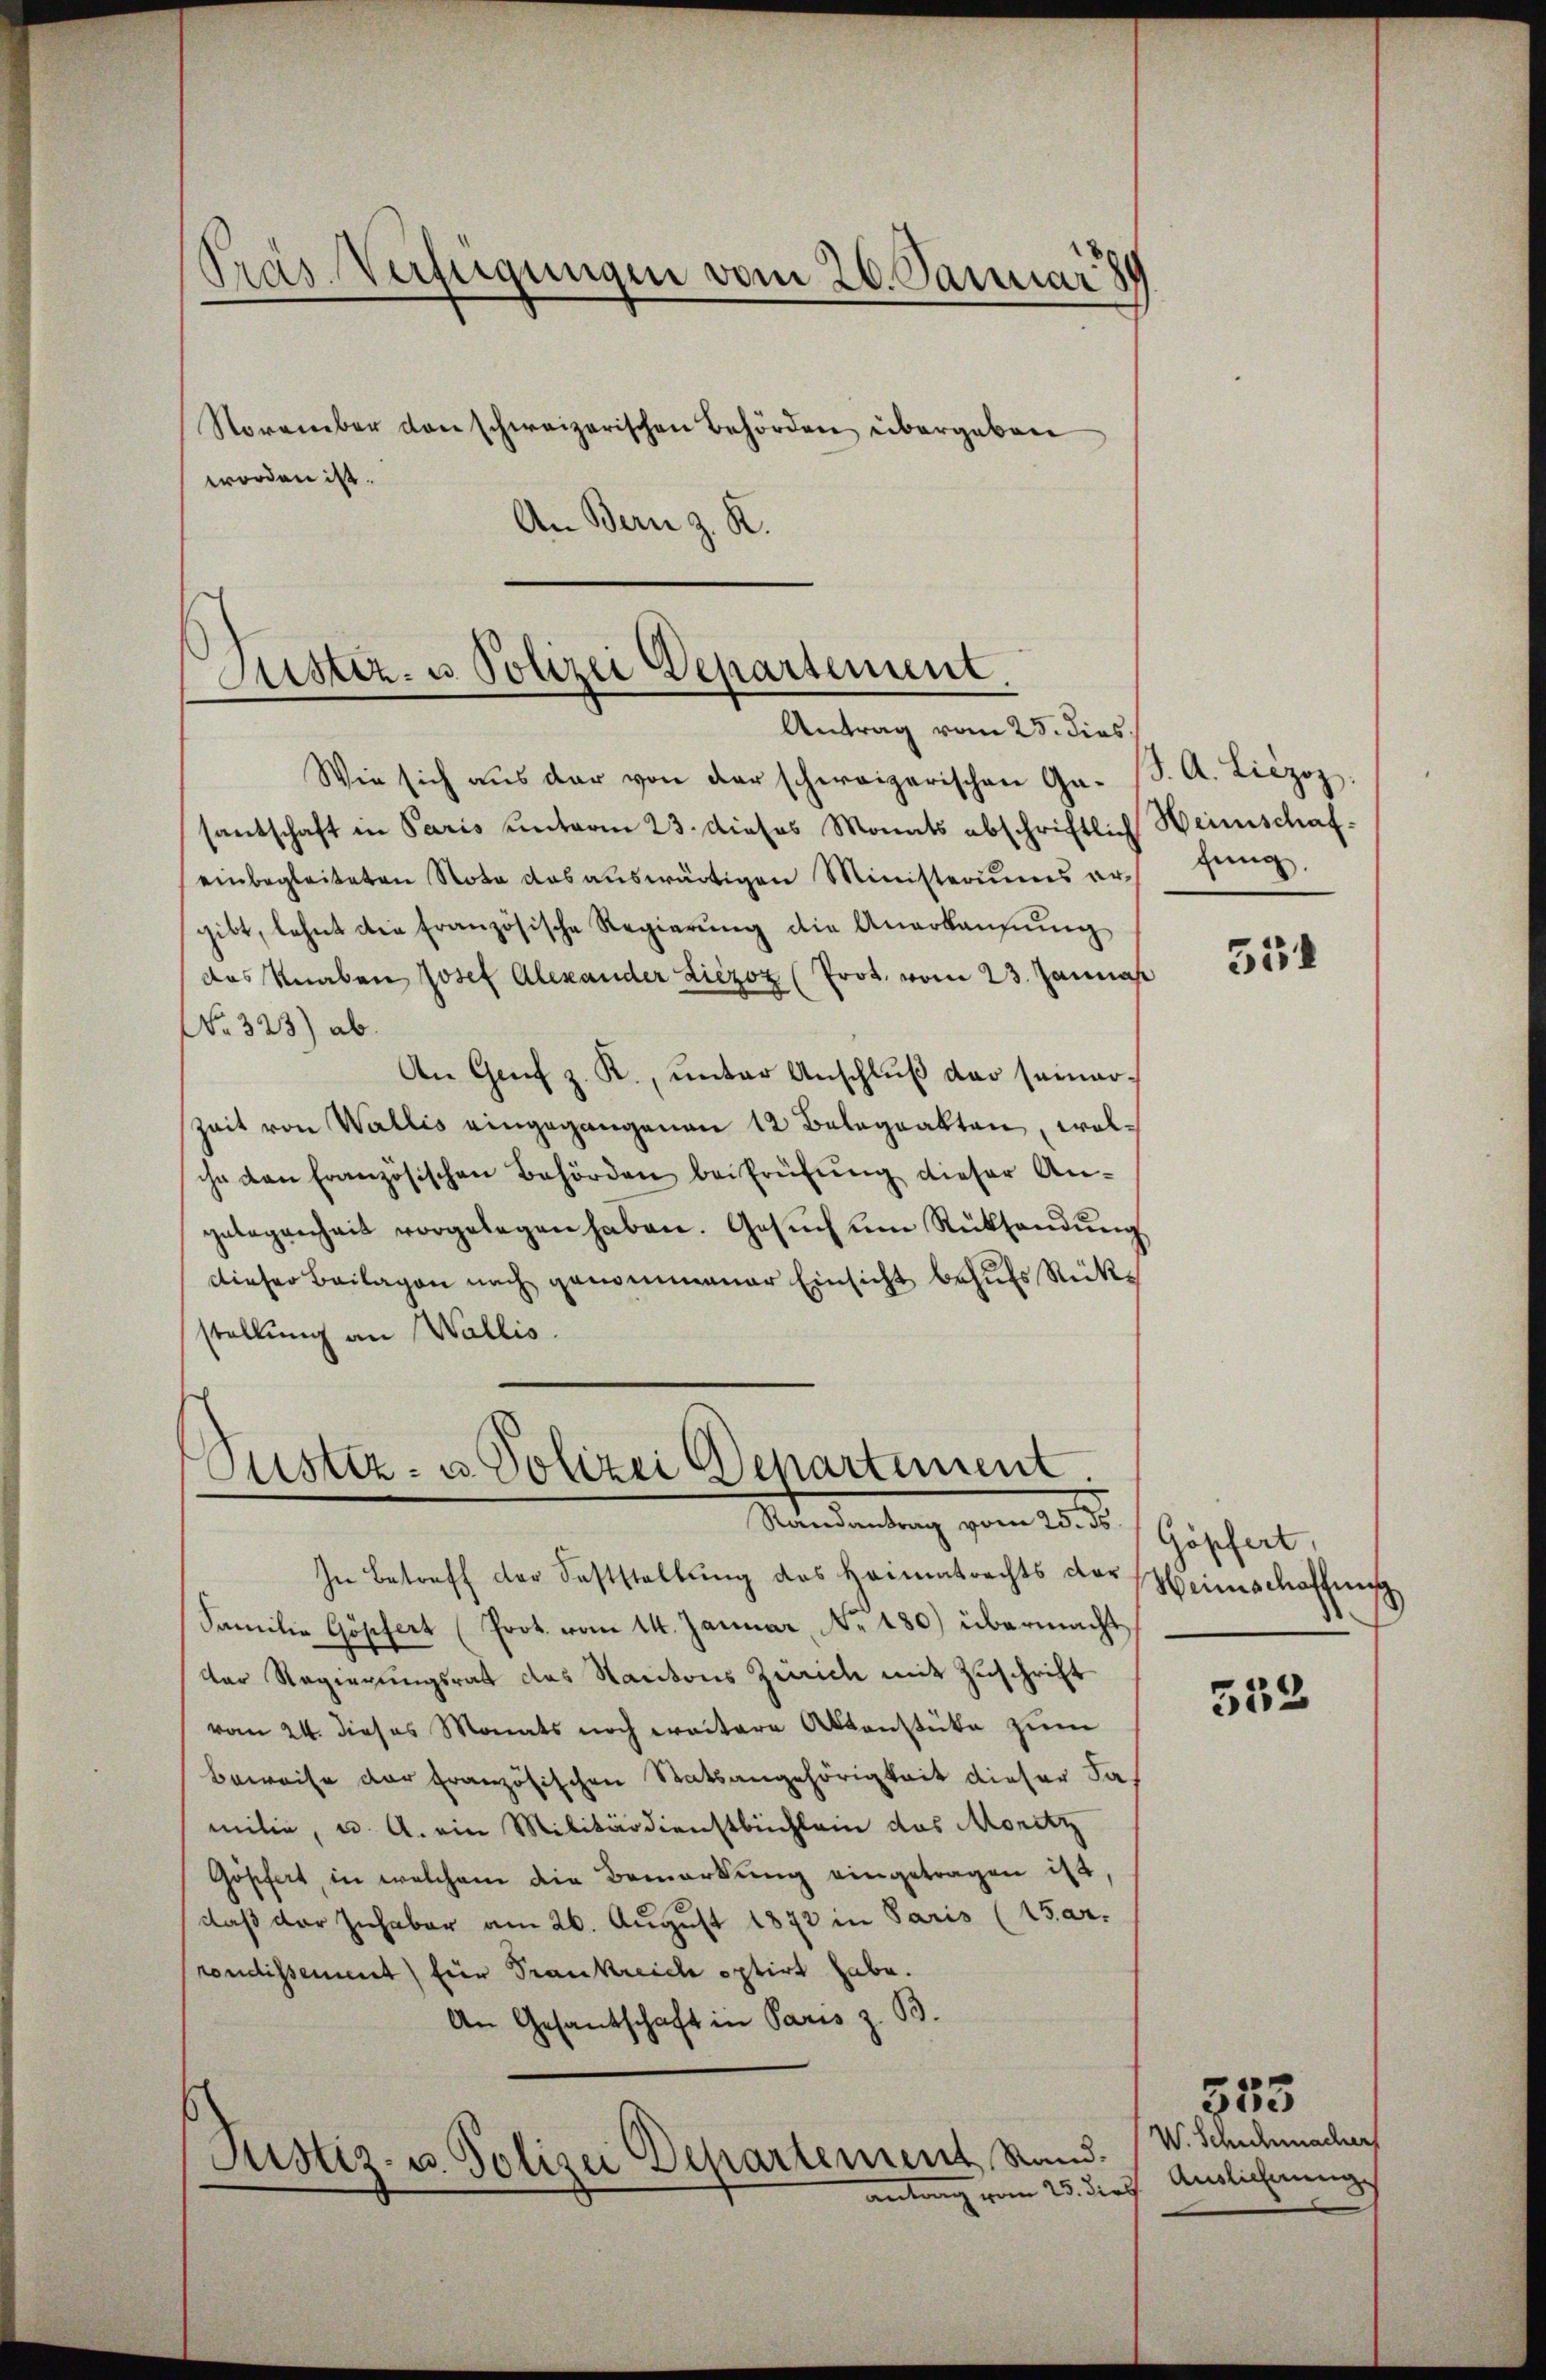
Präs. Verfügungen vom 26. Januar 8
November den schweizerischen Behörden übergeben
worden ist.

An Bern z. R.

Justiz- u. Polizei Departement
Antrag vom 25. dies

Custiz- u. Polizei Departement
Randantrag vom 25. ds. (Göpfert,

Wie sich aŭs der von der schweizerischen Ga- (S. A. Liezoz.
santschaft in Paris unterm 23. dieses Monats abschriftlich Weinschafeinbegleiteten Nota das aŭswärtigen Ministeriums erfung,
gibt, lehnt die französische Regierung die Anerkaufung
das Knaben Josef Alexander Liezoz (Prot. vom 23. Januar
No 323) ab.
An Genf z. R., unter Anschluß der seiner¬
Zeit von Wallis eingegangenen 12 Belegatten, wolche den Französischen Behörden bei Prüfung dieser Angelegenheit vorgelegen haben. Gesŭch ŭm Rücksendŭng
dieser Beilagen nach genommener Einsicht behŭfs Rückstellung an Wallis.

In Betreff der Feststellung des Heimatrechts der Heimschaffun
Familie Göpfert (Prot. vom 14. Januar, No. 180.) übermacht,
der Regierungsrat des Kantons Zürich mit Zuschrift
vom 24. dieses Monats noch weitere Aktenstüke zum
Beweise der französischen Statsangehörigkeit dieser Fa-
milie, u. A. ein Militärdienstbüchlein das Moritz
Gösfert, in welchem die Bemerkŭng eingetragen ist,
daß der Inhaber am 26. August 1872 in Paris (15ar.
rondissement) für Trankreiche optirt habe.
An Gesantschaft in Paris z. B.
Justiz- u. Polizei Departement Rand.
antrag vom 25. die Auslicherung

554

532

W. Schuhmacher

353